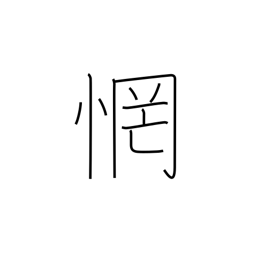
Meaning: be astonished